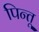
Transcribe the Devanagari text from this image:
पिन्तू